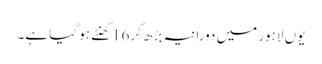
یوں لاہور میں دورانیہ بڑھ کر16گھنٹے ہو گیا ہے۔